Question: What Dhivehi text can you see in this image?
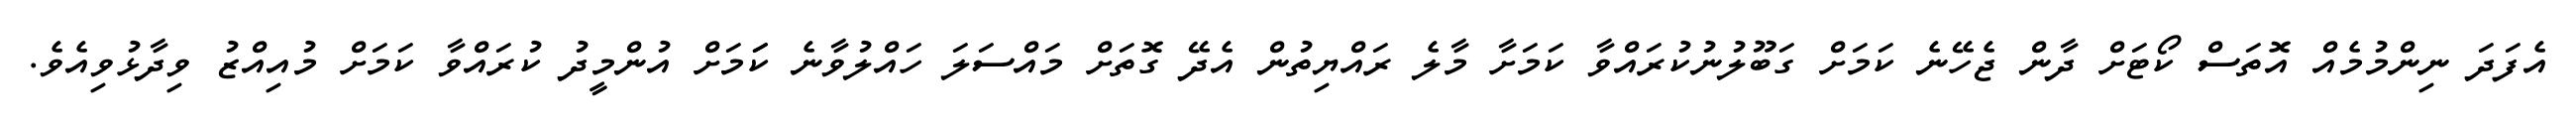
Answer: އެފަދަ ނިންމުމެއް އޮތަސް ކޯޓަށް ދާން ޖެހޭނެ ކަމަށް ގަބޫލުނުކުރައްވާ ކަމަށާ މާލެ ރައްޔިތުން އެދޭ ގޮތަށް މައްސަލަ ހައްލުވާނެ ކަަމަށް އުންމީދު ކުރައްވާ ކަމަށް މުއިއްޒު ވިދާޅުވިއެވެ.